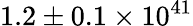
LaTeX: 1.2\pm{0.1}\times 10^{41}